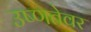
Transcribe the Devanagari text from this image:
उष्णतेवर